system: You are a helpful assistant.
user:
Analyze the provided spectrum to determine if it is a **"Cataclysmic Variables (CV)"**.

- **Key Indicators for CV (Check for either state):**
    - **State 1: Quiescent / Low-State (Emission-Dominated)**
        - **(Primary):** Strong and *very broad* Hydrogen Balmer emission lines (e.g., $H\alpha$ at 6563 Å, $H\beta$ at 4861 Å). The 'broadness' (high velocity dispersion, often FWHM > 1000 km/s) is the key diagnostic, indicating a high-velocity accretion disk.
        - **(Secondary):** Broad neutral Helium (He I) emission lines (e.g., 5876 Å, 6678 Å).
        - **(Key Confirmation):** Presence of high-excitation *ionized* Helium (He II) emission at 4686 Å. This is a strong indicator of accretion onto a white dwarf.
        - **(Line Profile):** Emission lines may exhibit a 'double-peaked' profile, which is a classic signature of a rotating accretion disk viewed at high inclination.

    - **State 2: Outburst / High-State (Absorption-Dominated)**
        - **(Primary):** Spectrum is dominated by a bright, blue continuum (looks like a hot star).
        - **(Secondary):** The emission lines from State 1 are weak, absent, or 'filled in', and are replaced by broad, shallow *absorption* lines (primarily Balmer and He I).
        - **(Morphology):** The overall spectrum mimics a hot B/A-type star. The crucial difference is that the absorption lines are significantly broader, shallower, and more 'washed-out' (or 'smeared') than the sharp lines of a normal stellar photosphere, due to high rotational speeds and pressure broadening in the disk.

Think first, call **spectral_visualization_tool** if needed to examine features in detail, then provide your final answer. Your response must adhere to the following strict rules:
1.  **Overall Structure:** Your response must follow the format `<think>...</think> <tool_call>...</tool_call> (if a tool is used) <answer>...</answer>`.
2.  **Tool Usage Constraint:** You may only make **one** tool call per turn.
3.  **Final Answer Format:** In the `<answer>` tag, your conclusion must be inside a `\boxed{}` command (e.g., `\boxed{YES}`), followed by your justification.

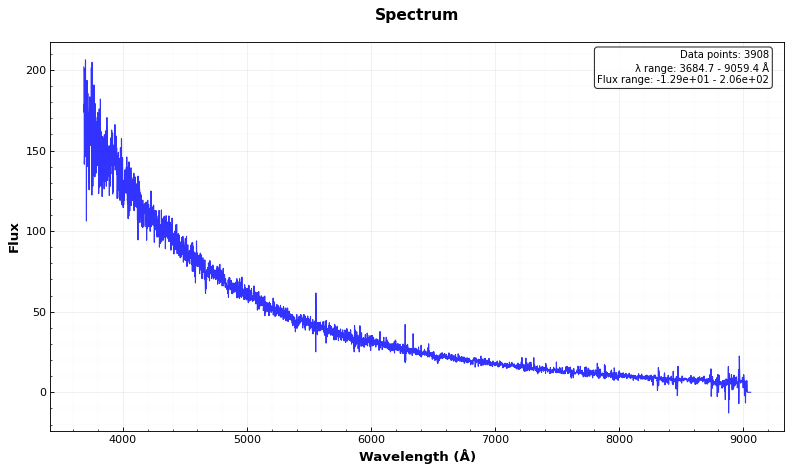
Answer: NO